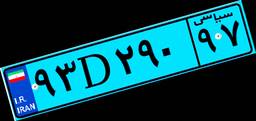
۹۳D۲۹۰۹۷